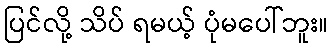
ပြင်လို့ သိပ် ရမယ့် ပုံမပေါ်ဘူး။